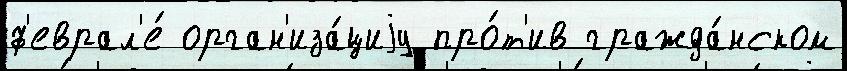
ф'еврал'е́ орган'иза́циjу про́т'ив гражда́нском